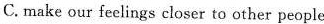
C. make our feelings closer to other people